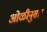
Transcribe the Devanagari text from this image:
ओळीनुसार